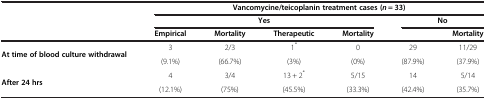
<table><thead><tr><td><b> </b></td><td colspan="6"><b>Vancomycine/teicoplanin treatment cases (<i>n</i> = 33)</b></td></tr><tr><td><b> </b></td><td colspan="4"><b>Yes</b></td><td colspan="2"><b>No</b></td></tr><tr><td><b> </b></td><td><b>Empirical</b></td><td><b>Mortality</b></td><td><b>Therapeutic</b></td><td><b>Mortality</b></td><td><b> </b></td><td><b>Mortality</b></td></tr></thead><tbody><tr><td rowspan="2"><b>At time of blood culture withdrawal</b></td><td>3</td><td>2/3</td><td>1<sup>*</sup></td><td>0</td><td>29</td><td>11/29</td></tr><tr><td>(9.1%)</td><td>(66.7%)</td><td>(3%)</td><td>(0%)</td><td>(87.9%)</td><td>(37.9%)</td></tr><tr><td><b>After 24 hrs</b></td><td>4</td><td>3/4</td><td>13 + 2<sup>*</sup></td><td>5/15</td><td>14</td><td>5/14</td></tr><tr><td> </td><td>(12.1%)</td><td>(75%)</td><td>(45.5%)</td><td>(33.3%)</td><td>(42.4%)</td><td>(35.7%)</td></tr></tbody></table>